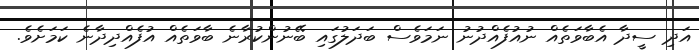
އަދި ސީދާ އެބާވަތެއް ނުއުފެއްދުނު ނަމަވެސް ބަދަލުގައި ބޭނުންކުރާނެ ބާވަތެއް އުފެއްދިދާނެ ކަމަށެވެ.